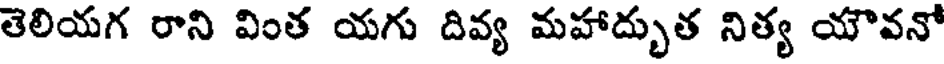
తెలియగ రాని వింత యగు దివ్య మహాద్భుత నిత్య యౌవనో